Indian journal of veterinary science and animal husbandry - Volume 7,
Year: 1937
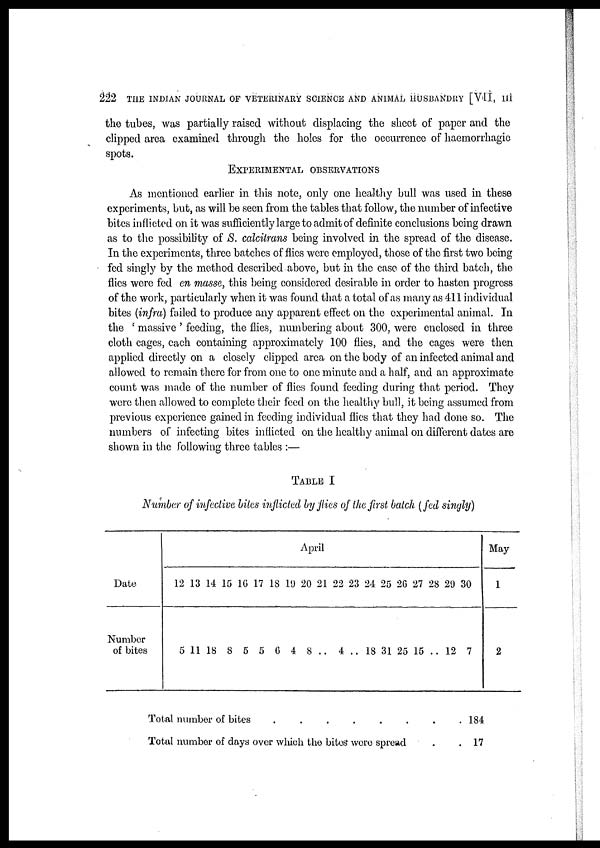
222 THE INDIAN JOURNAL OF VETERINARY SCIENCE AND ANIMAL HUSBANDRY [VII, III
the tubes, was partially raised without displacing the sheet of paper and the
clipped area examined through the holes for the occurrence of haemorrhagic
spots.
EXPERIMENTAL OBSERVATIONS
As mentioned earlier in this note, only one healthy bull was used in these
experiments, but, as will be seen from the tables that follow, the number of infective
bites inflicted on it was sufficiently large to admit of definite conclusions being drawn
as to the possibility of S. calcitrans being involved in the spread of the disease.
In the experiments, three batches of flies were employed, those of the first two being
fed singly by the method described above, but in the case of the third batch, the
flies were fed en masse, this being considered desirable in order to hasten progress
of the work, particularly when it was found that a total of as many as 411 individual
bites (infra) failed to produce any apparent effect on the experimental animal. In
the ' massive ' feeding, the flies, numbering about 300, were enclosed in three
cloth cages, each containing approximately 100 flies, and the cages were then
applied directly on a closely clipped area on the body of an infected animal and
allowed to remain there for from one to one minute and a half, and an approximate
count was made of the number of flies found feeding during that period. They
were then allowed to complete their feed on the healthy bull, it being assumed from
previous experience gained in feeding individual flies that they had done so. The
numbers of infecting bites inflicted on the healthy animal on different dates are
shown in the following three tables :—
TABLE I
Number of infective bites inflicted by flies of the first batch (fed singly)
Date
Number
of bites
April
12
5
13
11
14
18
15
8
16
5
17
5
18
6
19
4
20
8
21
..
22
4
23
..
24
18
25
31
26
25
27
15
28
..
29
12
30
7
May
1
2
Total number of bites . . . . . . . .
Total number of days over which the bites were spread
.
.
184
17